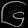
Digit: ၆